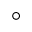
^ \circ